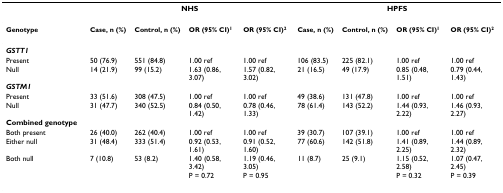
|  | <COLSPAN=4> NHS | <COLSPAN=4> HPFS |
 | --- | --- | --- | --- | --- | --- | --- | --- | --- |
 | Genotype | Case, n (%) | Control, n (%) | OR (95% CI)1 | OR (95% CI)2 | Case, n (%) | Control, n (%) | OR (95% CI)1 | OR (95% CI)2 |
 | GSTT1 |  |  |  |  |  |  |  |  |
 | Present | 50 (76.9) | 551 (84.8) | 1.00 ref | 1.00 ref | 106 (83.5) | 225 (82.1) | 1.00 ref | 1.00 ref |
 | Null | 14 (21.9) | 99 (15.2) | 1.63 (0.86, 3.07) | 1.57 (0.82, 3.02) | 21 (16.5) | 49 (17.9) | 0.85 (0.48, 1.51) | 0.79 (0.44, 1.43) |
 | GSTM1 |  |  |  |  |  |  |  |  |
 | Present | 33 (51.6) | 308 (47.5) | 1.00 ref | 1.00 ref | 49 (38.6) | 131 (47.8) | 1.00 ref | 1.00 ref |
 | Null | 31 (47.7) | 340 (52.5) | 0.84 (0.50, 1.42) | 0.78 (0.46, 1.33) | 78 (61.4) | 143 (52.2) | 1.44 (0.93, 2.22) | 1.46 (0.93, 2.27) |
 | Combined genotype |  |  |  |  |  |  |  |  |
 | Both present | 26 (40.0) | 262 (40.4) | 1.00 ref | 1.00 ref | 39 (30.7) | 107 (39.1) | 1.00 ref | 1.00 ref |
 | Either null | 31 (48.4) | 333 (51.4) | 0.92 (0.53, 1.61) | 0.91 (0.52, 1.60) | 77 (60.6) | 142 (51.8) | 1.41 (0.89, 2.25) | 1.44 (0.89, 2.32) |
 | Both null | 7 (10.8) | 53 (8.2) | 1.40 (0.58, 3.42) | 1.19 (0.46, 3.05) | 11 (8.7) | 25 (9.1) | 1.15 (0.52, 2.58) | 1.07 (0.47, 2.45) |
 |  |  |  | P = 0.72 | P = 0.95 |  |  | P = 0.32 | P = 0.39 |